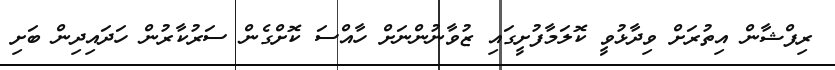
ރިފްޝާން އިތުރަށް ވިދާޅުވީ ކޮލަމާފުށީގައި ޒުވާނުންނަށް ހާއްސަ ކޮށްގެން ސަރުކާރުން ހަދައިދިން ބަށި